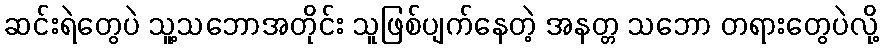
ဆင်းရဲတွေပဲ သူ့သဘောအတိုင်း သူဖြစ်ပျက်နေတဲ့ အနတ္တ သဘော တရားတွေပဲလို့